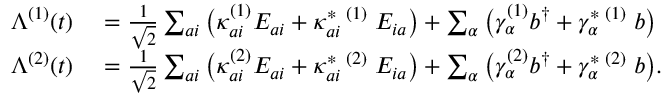
\begin{array} { r l } { \Lambda ^ { ( 1 ) } ( t ) } & { { } = \frac { 1 } { \sqrt { 2 } } \sum _ { a i } \big ( \kappa _ { a i } ^ { ( 1 ) } E _ { a i } + \kappa _ { a i } ^ { * } \, ^ { ( 1 ) } \; E _ { i a } \big ) + \sum _ { \alpha } \big ( \gamma _ { \alpha } ^ { ( 1 ) } b ^ { \dagger } + \gamma _ { \alpha } ^ { * } \, ^ { ( 1 ) } \; b \big ) } \\ { \Lambda ^ { ( 2 ) } ( t ) } & { { } = \frac { 1 } { \sqrt { 2 } } \sum _ { a i } \big ( \kappa _ { a i } ^ { ( 2 ) } E _ { a i } + \kappa _ { a i } ^ { * } \, ^ { ( 2 ) } \; E _ { i a } \big ) + \sum _ { \alpha } \big ( \gamma _ { \alpha } ^ { ( 2 ) } b ^ { \dagger } + \gamma _ { \alpha } ^ { * } \, ^ { ( 2 ) } \; b \big ) . } \end{array}